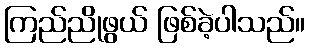
ကြည်ညိုဖွယ် ဖြစ်ခဲ့ပါသည်။